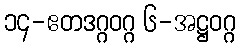
၁၄-ဧတဒဂ္ဂဝဂ္ဂ ၆-အဋ္ဌဝဂ္ဂ